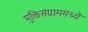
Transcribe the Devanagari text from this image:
मुक्तिसंग्राममध्ये